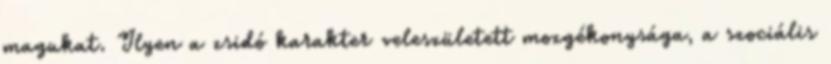
magukat. Ilyen a zsidó karakter veleszületett mozgékonysága, a szociális